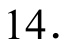
\(14\)